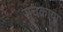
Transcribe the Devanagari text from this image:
सुचकाया